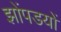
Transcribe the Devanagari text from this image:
झोंपडयों